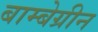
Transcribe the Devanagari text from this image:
बाम्बेग्रीन